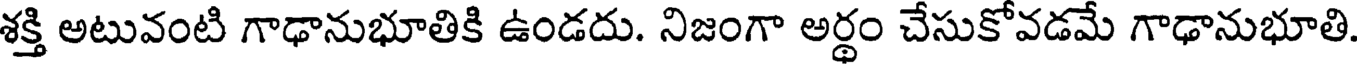
శక్తి అటువంటి గాఢానుభూతికి ఉండదు. నిజంగా అర్థం చేసుకోవడమే గాఢానుభూతి